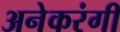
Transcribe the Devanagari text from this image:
अनेकरंगी